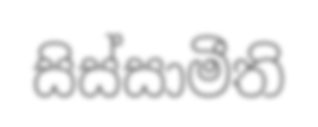
සිස්සාමීති